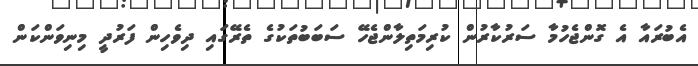
އެބުރައާ އެ ގޮންޖެހުމާ ސަރުކާރުން ކުރިމަތިލާންޖެހޭ ސަބަބުތަކުގެ ތެރޭގައި ދިވެހިން ފަރުދީ މިނިވަންކަން